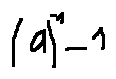
( a ) ^ { - 1 } - 1